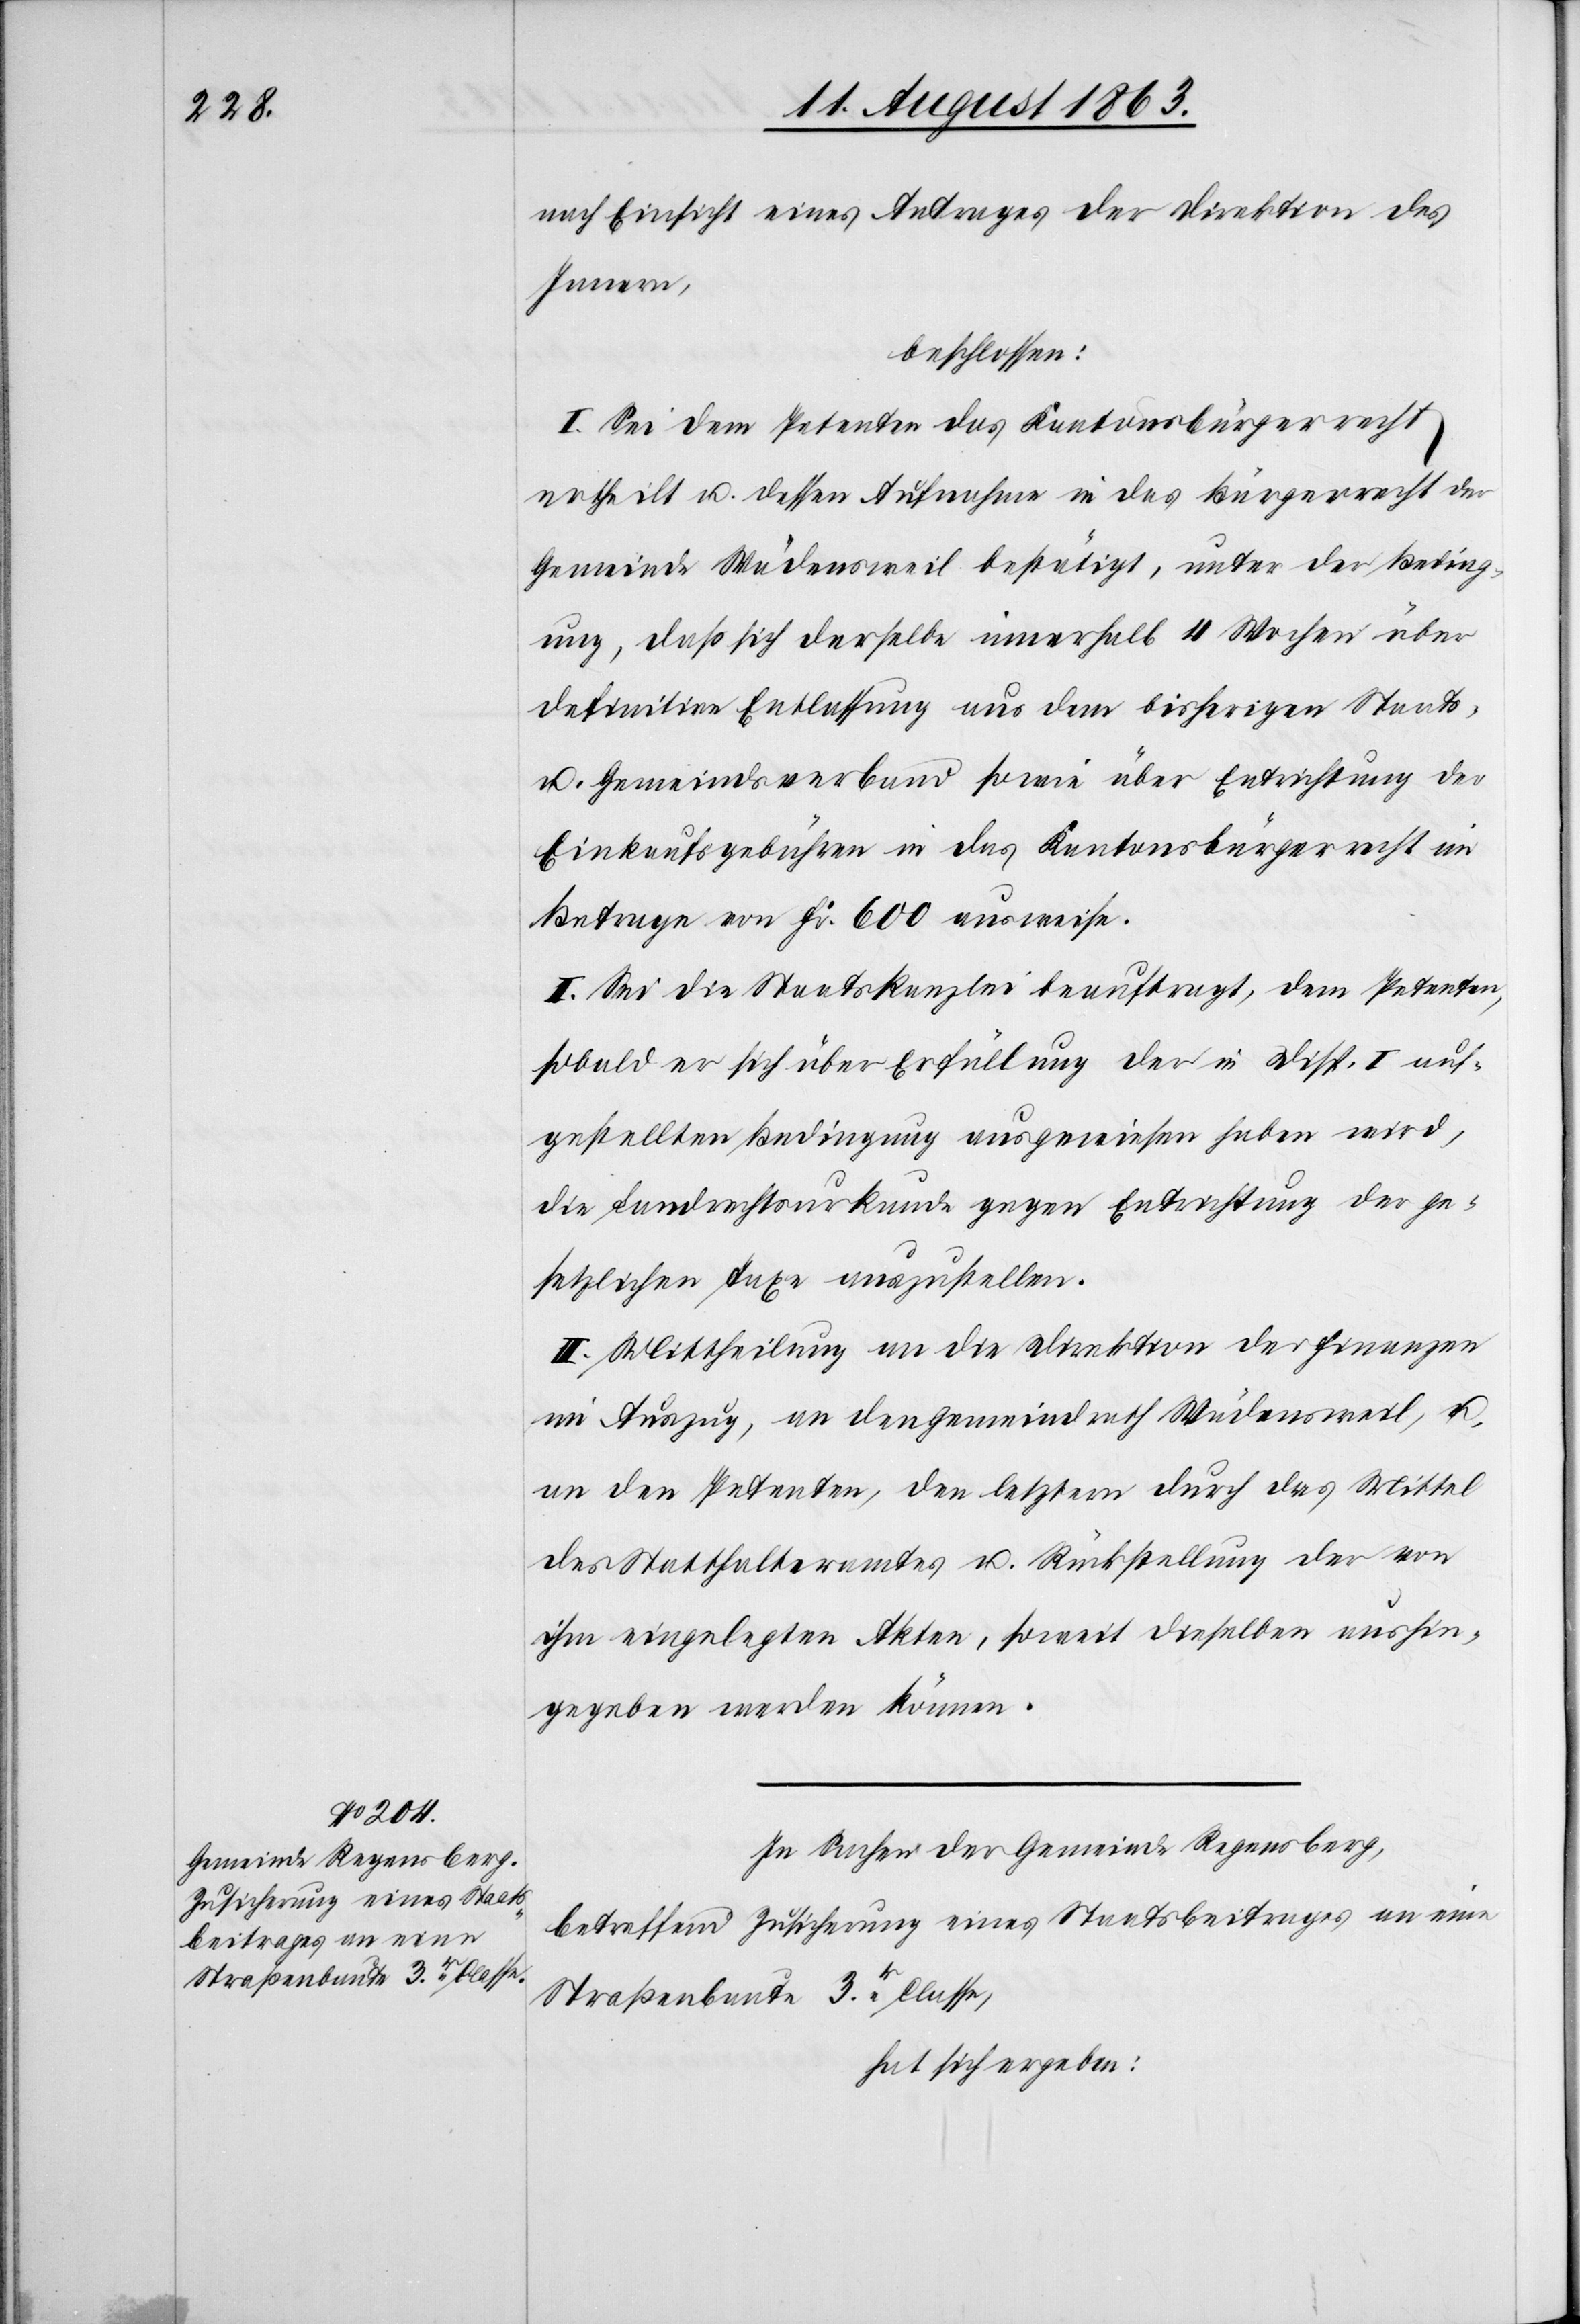
nach Einsicht eines Antrages der Direktion des
Innern,
beschlossen:
I. Sei dem Petenten das Kantonsbürgerrecht
ertheilt u. dessen Aufnahme in das Bürgerrecht der
Gemeinde Wädensweil bestätigt, unter der Beding¬
ung, daß sich derselbe innerhalb 4 Wochen über
definitive Entlassung aus dem bisherigen Staats-
u. Gemeindsverband sowie über Entrichtung der
Einkaufsgebühren in das Kantonsbürgerrecht im
Betrage von Fr. 600 ausweise.
II. Sei die Staatskanzlei beauftragt, dem Petenten,
sobald er sich über Erfüllung der in Disp. I auf¬
gestellten Bedingung ausgewiesen haben wird,
die Landrechtsurkunde gegen Entrichtung der ge¬
setzlichen Taxe auszustellen.
III. Mittheilung an die Direktion der Finanzen
im Auszug, an den Gemeindrath Wädensweil, u.
an den Petenten, den letztern durch das Mittel
des Statthalteramtes u. Rückstellung der von
ihm eingelegten Akten, soweit dieselben aushin¬
gegeben werden können.
In Sachen der Gemeinde Regensberg,
betreffend Zusicherung eines Staatsbeitrages an eine
Straßenbaute 3r. Classe,
hat sich ergeben: